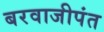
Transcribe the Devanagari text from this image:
बरवाजीपंत